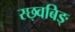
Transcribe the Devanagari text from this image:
स्छ्वबिङ्